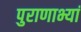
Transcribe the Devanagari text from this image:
पुराणाभ्यां